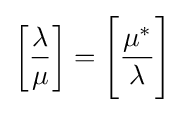
\left[{\frac {\lambda }{\mu }}\right]={\Bigg [}{\frac {\mu ^{*}}{\lambda }}{\Bigg ]}